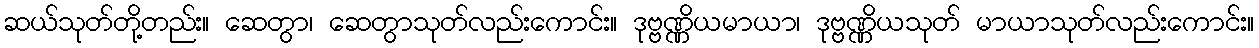
ဆယ်သုတ်တို့တည်း။ ဆေတွာ၊ ဆေတွာသုတ်လည်းကောင်း။ ဒုဗ္ဗဏ္ဏိယမာယာ၊ ဒုဗ္ဗဏ္ဏိယသုတ် မာယာသုတ်လည်းကောင်း။